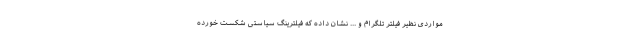
مواردی نظیر فیلتر تلگرام و ... نشان داده که فیلترینگ سیاستی شکست خورده